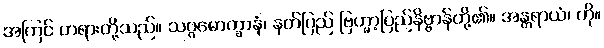
အကြင် တရားတို့သည်။ သဂ္ဂမောက္ခာနံ၊ နတ်ပြည် ဗြဟ္မာ့ပြည်နိဗ္ဗာန်တို့၏။ အန္တရာယံ၊ ကို။